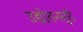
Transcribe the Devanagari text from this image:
उद्योतनसुरी